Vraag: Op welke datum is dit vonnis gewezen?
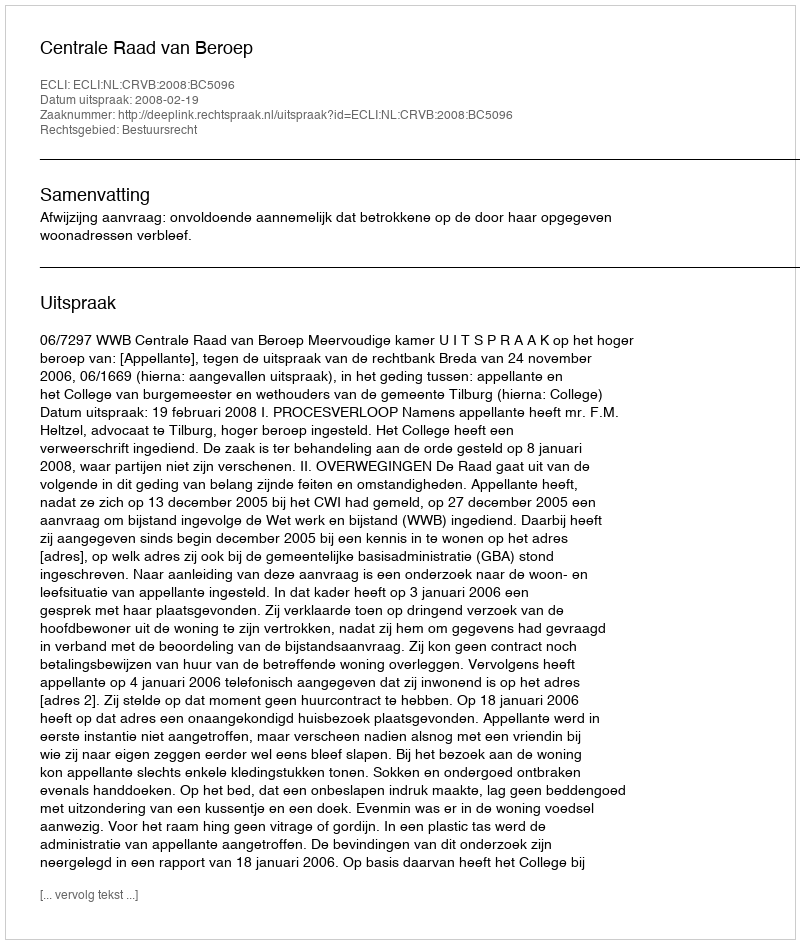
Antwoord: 2008-02-19